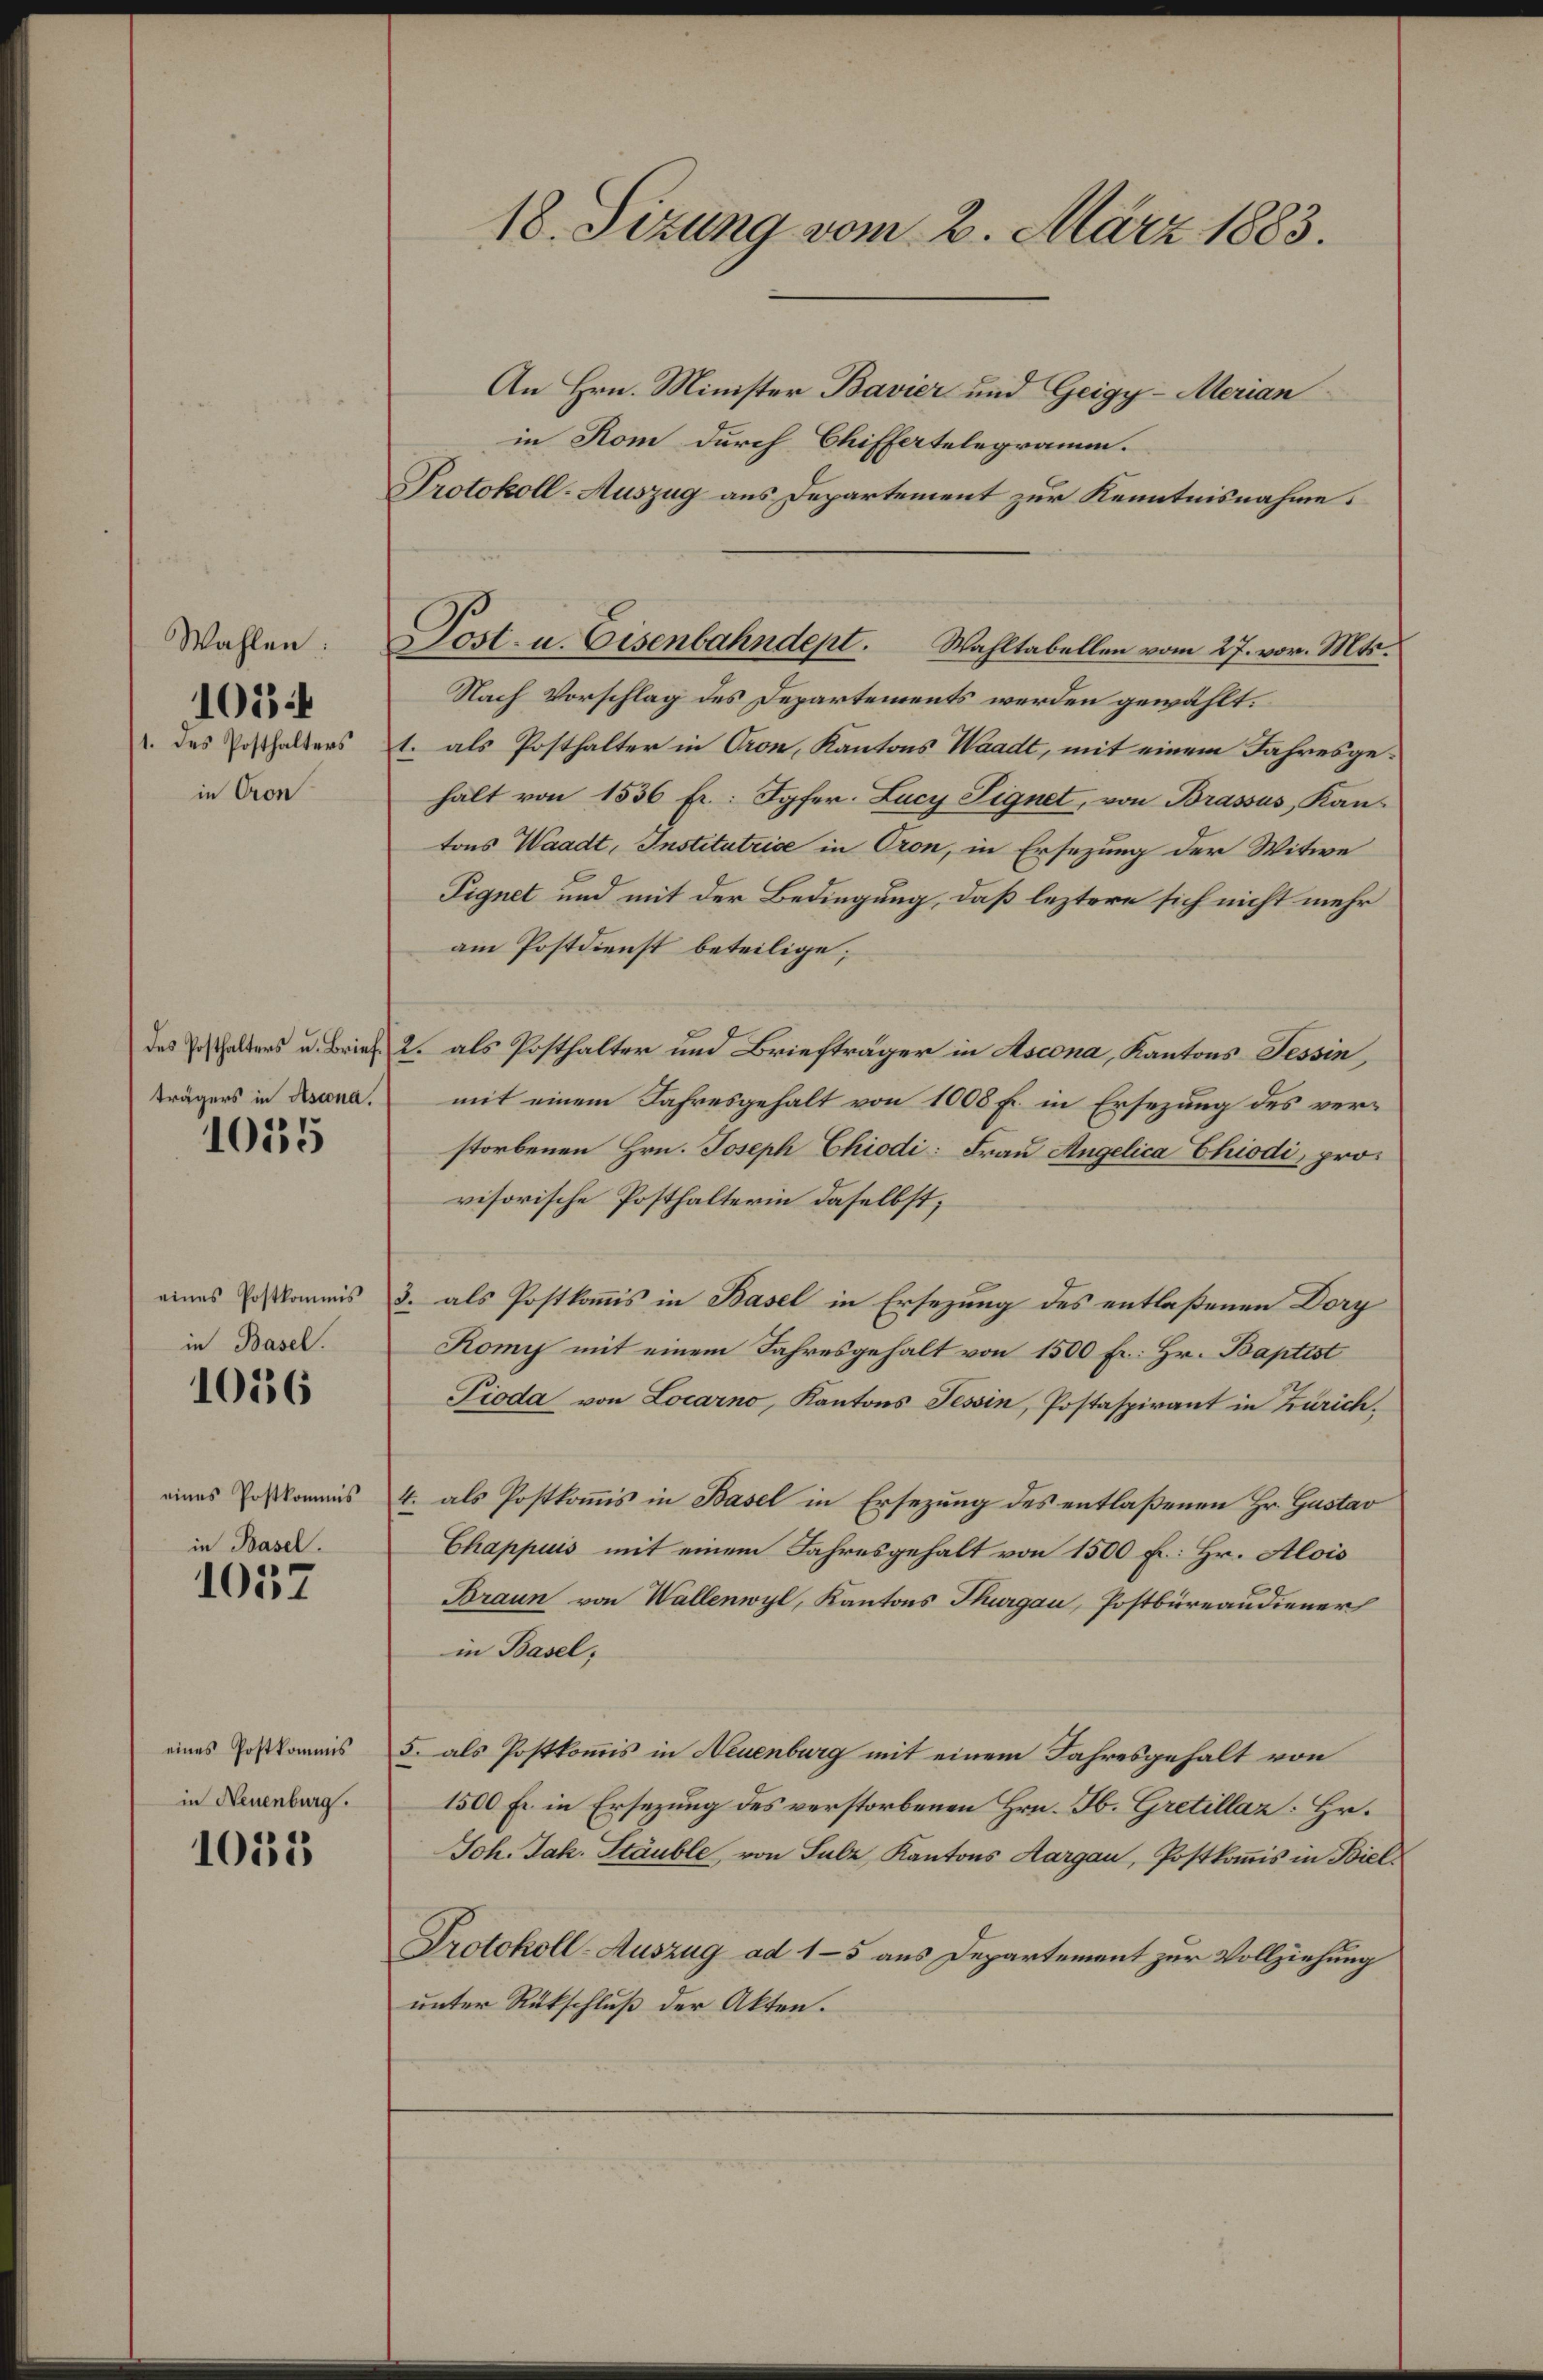
Wahlen:
1. des Posthalters
in Cron

103

trägers in Ascona.

1055

eines Postkommis
in Basel.

1036

eines Postkommis

in Basel.
1057

eines Postkommis
in Neuenburg.

1032

18. Sitzung vom 2. März 1883.

An Hrn. Minister Bavier und Geigy-Merian
in Rom durch Chiffertelegramm.
Protokoll-Auszug aus Departement zur Kenntnisnahme
Nach Vorschlag des Departements werden gewählt:
1. als Posthalter in Oron, Kantons Waadt, mit einem Jahresgehalt von 1536 fr.: Jgfer. Lucy Signet, von Brassus, Kantons Waadt, Institutrice in Cron, in Ersezung der Witwe
Pignet und mit der Bedingung, daß leztere sich nicht mehr
am Postdienst beteilige;
das Ersthalters u. Brief 2. als Posthalter und Briefträger in Ascona, Kantons Tessin,
mit einem Jahresgehalt von 1008 f. in Ersezung des verstorbenen Hrn. Joseph Chiodi: Frau Angelica Chiodi, provisorische Posthalterin daselbst;
3. als Postkomis in Basel in Ersezung des entlaßenen Dory
Komy mit einem Jahresgehalt von 1500 Fr. Hr. Baptist
Pioda von Locarno, Kantons Tessin, Postaspirant in Zürich¬
4. als Postkoṁis in Basel in Ersezung des entlaßenen Hr. Gustav
Chappuis mit einem Jahresgehalt von 1500 f: Hr. Alois
Braun von Wallenwyl, Kantons Thurgau, Postbureaudiener
in Basel,
5. als Postkommis in Neuenburg mit einem Jahresgehalt von
1500 Fr. in Ersezung des verstorbenen Hrn. H. Gretillaz: Hr.
Joh. Jak. Stäuble, von Salz, Kantons Aargau, Postkommis in Biel
Protokoll-Auszug ad 15 aus Departement zur Vollziehung
unter Rückschluß der Akten.

Post- u. Eisenbahndept. Wahltabellen vom 27. vor. Mts.